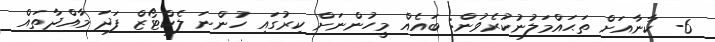
6- ކާނާއަށް ތަޙައްމަލުނުކުރެވުން: ބައެއް މީހުންނަށް ކިރުގައި ހުންނަ ލެކްޓޯޒް ފަދަ މާއްދާތައް